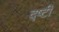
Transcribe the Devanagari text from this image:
द्ष्टी